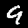
Digit: 9